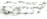
البقعة